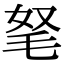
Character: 𣭄